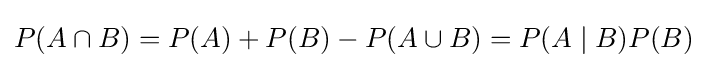
P(A\cap B)=P(A)+P(B)-P(A\cup B)=P(A\mid B)P(B)